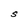
Character: S